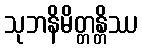
သုဘနိမိတ္တန္တိဿ